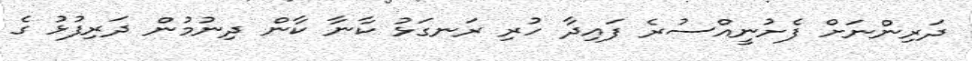
ދަރިންނަށް ފެށުނީއްސުރެ ފައިދާ ހުރި ރަނގަޅު ކާނާ ކާން ދިނުމުން ދަރިފުޅު ގެ